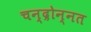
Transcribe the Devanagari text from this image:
चन्द्रोन्नत